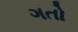
ગતો